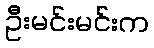
ဦးမင်းမင်းက